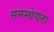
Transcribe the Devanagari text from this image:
समस्थेयता